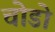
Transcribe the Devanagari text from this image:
चोडो